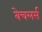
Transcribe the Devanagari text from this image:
बेचलर्स